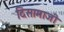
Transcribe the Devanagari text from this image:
दिसामाजी